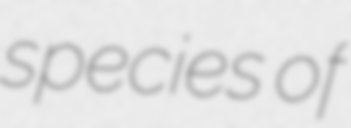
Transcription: species of